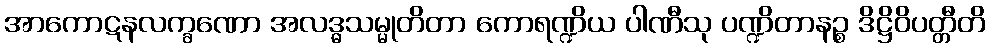
အာကောဋနလက္ခဏော အလဒ္ဓသမ္မုတိတာ ကောရဏ္ဍိယ ပါဏီသု ပဏ္ဍိတာနဉ္စ ဒိဋ္ဌိဝိပတ္တီတိ